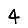
Digit: 4